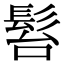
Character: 𩬠